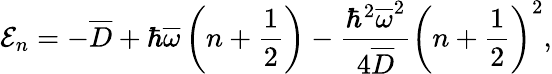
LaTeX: \mathcal{E}_{n}=-\overline{{D}}+\hbar\overline{{\omega}}\left(n+\frac{1}{2}\right)-\frac{\hbar^{2}\overline{{\omega}}^{2}}{4\overline{{D}}}\left(n+\frac{1}{2}\right)^{2},